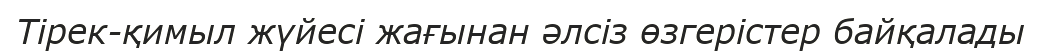
Тірек-қимыл жүйесі жағынан әлсіз өзгерістер байқалады